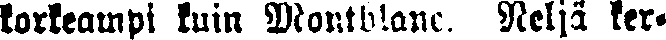
korkeampi kuin Montblanc. Neljä ker-